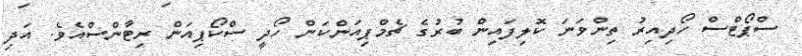
ސްޕޯޓްސް ހޯދިއިރު ތިންވަނަ ކޮލިފައިން ބުރުގެ ޗެމްޕިއަންކަން ހޯދީ ސްކޯޕިއަން ރިޓާންސްއެވެ. އަދި